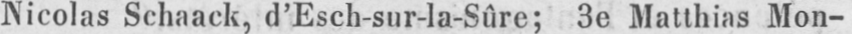
Nicolas Schaack, d’Esch-sur-la-Sûre; 3e Matthias Mon-